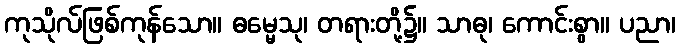
ကုသိုလ်ဖြစ်ကုန်သော။ ဓမ္မေသု၊ တရားတို့၌။ သာဓု၊ ကောင်းစွာ။ ပညာ၊